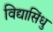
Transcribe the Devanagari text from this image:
विद्यासिंधु